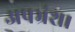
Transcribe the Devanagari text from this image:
अपभ्रंश।